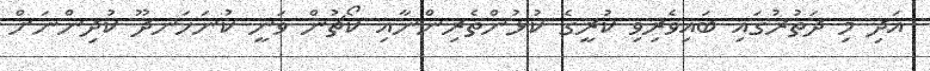
އަދި މި ދަތުރުގައި ބައިވެރިވި ކުރީގެ ކުޅުންތެރިންނާއި ކޯޗުުން ވަނީ ކުނަހަނދޫ ކުދިންނަށް